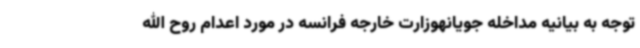
توجه به بیانیه مداخله جویانهوزارت خارجه فرانسه در مورد اعدام روح الله